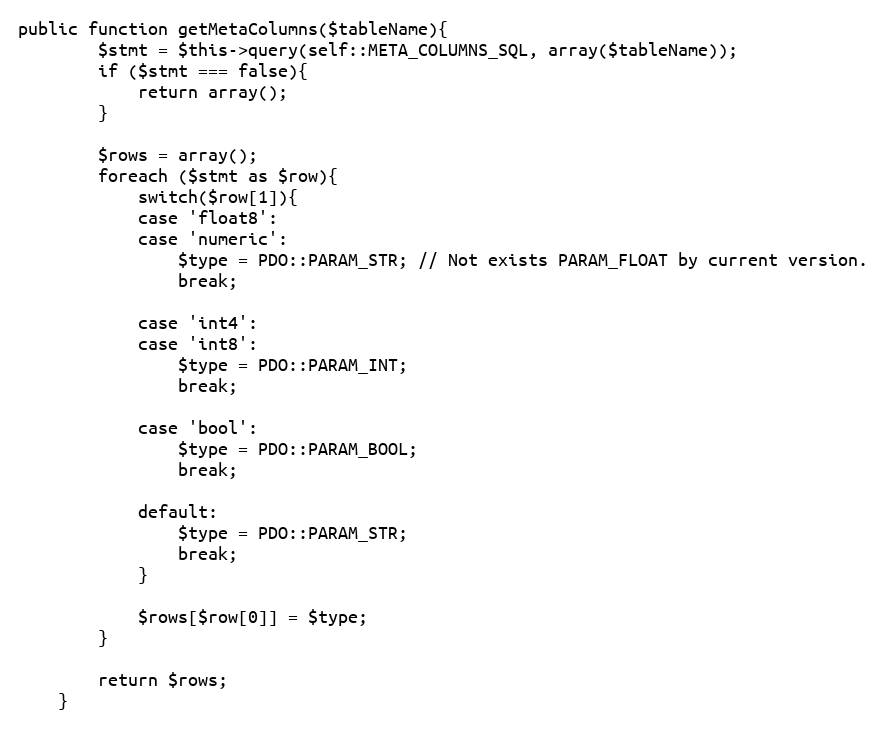
Language: PHP
public function getMetaColumns($tableName){
        $stmt = $this->query(self::META_COLUMNS_SQL, array($tableName));
        if ($stmt === false){
            return array();
        }

        $rows = array();
        foreach ($stmt as $row){
            switch($row[1]){
            case 'float8':
            case 'numeric':
                $type = PDO::PARAM_STR; // Not exists PARAM_FLOAT by current version.
                break;

            case 'int4':
            case 'int8':
                $type = PDO::PARAM_INT;
                break;

            case 'bool':
                $type = PDO::PARAM_BOOL;
                break;

            default:
                $type = PDO::PARAM_STR;
                break;
            }

            $rows[$row[0]] = $type;
        }

        return $rows;
    }